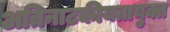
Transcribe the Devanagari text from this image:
अतिनाटकीयतायुक्त